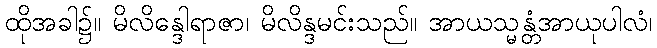
ထိုအခါ၌။ မိလိန္ဒေါရာဇာ၊ မိလိန္ဒမင်းသည်။ အာယသ္မန္တံအာယုပါလံ၊